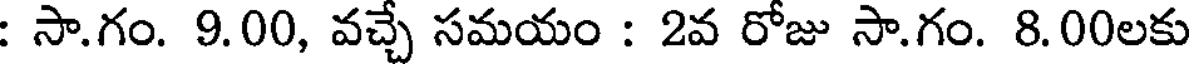
: సా.గం. 9.00, వచ్చే సమయం : 2వ రోజు సా.గం. 8.00లకు